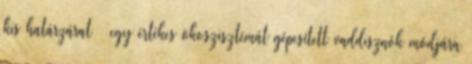
kis határzárat – egy értékes ökoszisztémát gépesített vaddisznók módjára